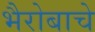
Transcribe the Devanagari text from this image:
भैरोबाचे